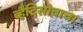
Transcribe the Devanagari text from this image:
व्हैदिसोवाचा